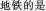
地铁的是